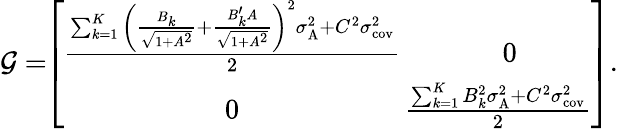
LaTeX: \begin{array}{r}{\mathcal{G}=\! \! \left[\begin{array}{cccc}{\frac{{\sum_{k=1}^{K}\bigg(\frac{B_{k}}{\sqrt{1+A^{2}}}+\frac{B_{k}^{\prime}A}{\sqrt{1+A^{2}}}\bigg)^{2}}\sigma_{\textrm{A}}^{2}+C^{2}\sigma_{\textrm{cov}}^{2}}{2}}&{\! \! \! 0\! \! \! }\\ {\! \! \! 0\! \! \! }&{\! \! \! \! \! \frac{\sum_{k=1}^{K}B_{k}^{2}\sigma_{\textrm{A}}^{2}+C^{2}\sigma_{\textrm{cov}}^{2}}{2}}\end{array}\right].}\end{array}